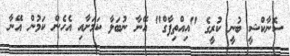
ސޮނާކްޝީ ބުނީ ކުރީގެ "އިއްތިފާގް" އޭނާ ނުބަލާ ކަމަށާއި އެހެން ކަމުން އޭނާ